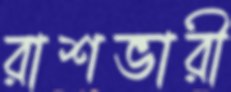
রাশভারী